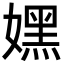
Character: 嫼